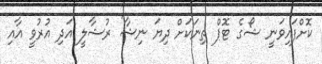
ކޮށްފައިވަނީ ޝޯގެ ޓޮޕް ތިނަކަށް ދިޔަ ނިޝާ' ރުޝާލީ އަދި އުރުވީ އާއި